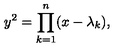
y ^ { 2 } = \prod _ { k = 1 } ^ { n } ( x - \lambda _ { k } ) ,